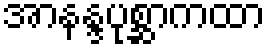
အာနန္ဒပုစ္ဆာကထာ